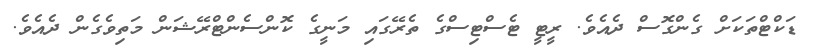
ޑަކްޓްތަކަށް ގެންގޮސް ދެއެވެ. ރީޓީ ޓެސްޓިސްގެ ތެރޭގައި މަނީގެ ކޮންސެންޓްރޭޝަން މަތިވެގެން ދެއެވެ.